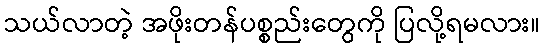
သယ်လာတဲ့ အဖိုးတန်ပစ္စည်းတွေကို ပြလို့ရမလား။